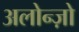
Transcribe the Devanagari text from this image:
अलोन्ज़ो